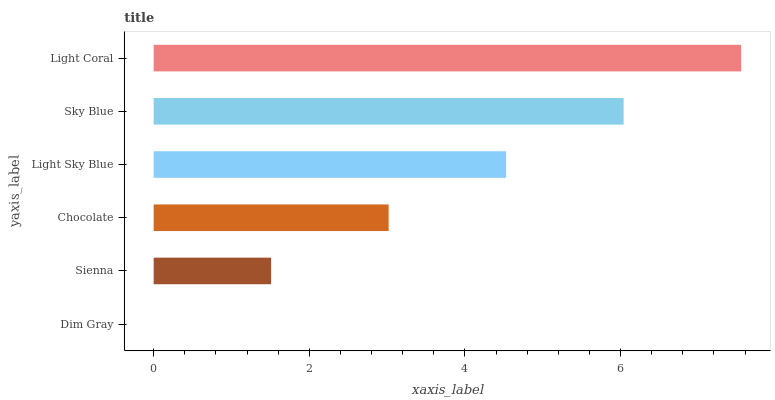
| yaxis_label | bars |
 | --- | --- |
 | Dim Gray | 0 |
 | Sienna | 1.51 |
 | Chocolate | 3.02 |
 | Light Sky Blue | 4.53 |
 | Sky Blue | 6.04 |
 | Light Coral | 7.55 |